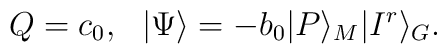
Q=c_0,\ \ |\Psi\rangle=-b_0|P\rangle_M |I^r\rangle_G.